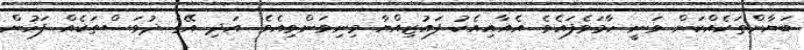
ބަޔާންތަކެއްކަން ވަނީ ހާމަވެފައެވެ. އެއާއިއެކު ފައުޒިއްޔާ މިނިވަންވިއެވެ. އަދި އޭގެ ދުވަސްތަކެއް ފަހުން